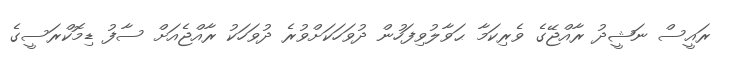
ރައީސް ނަޝީދު ރާއްޖޭގެ ވެރިކަމާ ޙަވާލުވިފަހުން ދުވަހަކަށްވުރެ ދުވަހަކު ރާއްޖެއަށް ސާފު ޑިމޮކްރަސީގެ